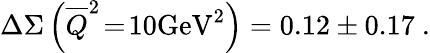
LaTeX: \Delta\Sigma\left(\overline{{Q}}^{2}\! =\! 10\mathrm{GeV}^{2}\right)=0.12\pm 0.17\ .